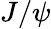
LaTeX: J/\psi